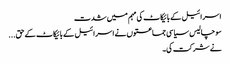
اسرائیل کے بائیکاٹ کی مہم میں شدت
سو چالیس سیاسی جماعتوں نے اسرائیل کے بائیکاٹ کے حق...
نے شرکت کی۔